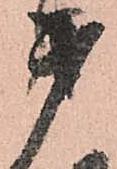
第